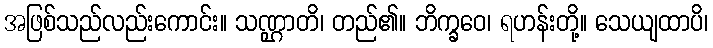
အဖြစ်သည်လည်းကောင်း။ သဏ္ဌာတိ၊ တည်၏။ ဘိက္ခဝေ၊ ရဟန်းတို့။ သေယျထာပိ၊